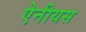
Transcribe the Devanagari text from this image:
ऐनीयस